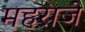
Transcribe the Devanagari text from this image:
महराजे